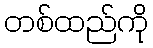
တစ်ထည်ကို